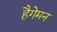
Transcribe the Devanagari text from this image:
हैगेमन